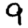
Digit: 9